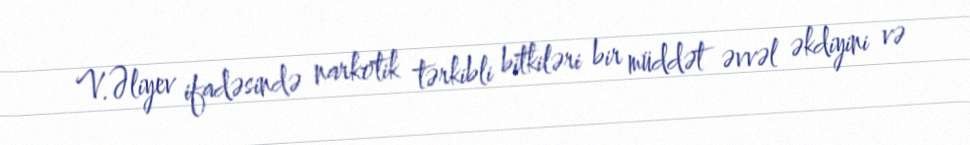
V.Əliyev ifadəsində narkotik tərkibli bitkiləri bir müddət əvvəl əkdiyini və